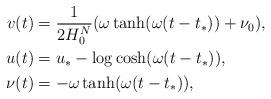
LaTeX: \begin{align*}v(t) &= \frac{1}{2H_0^N} (\omega \tanh(\omega(t-t_*)) + \nu_0),\\u(t) &= u_* - \log \cosh(\omega(t-t_*)), \\\nu(t) &= -\omega \tanh(\omega(t-t_*)),\end{align*}